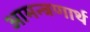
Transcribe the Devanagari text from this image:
आमन्त्रणार्थ